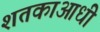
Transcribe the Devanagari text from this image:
शतकाआधी